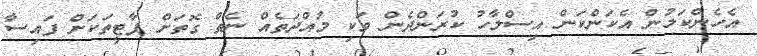
އެހެންކަމުން އެކަންކަން އިސްލާހު ކުރަންދެން ވަކި މުއްދަތެއް ނެތް ގޮތަށް ޕާޓީތަކަށް ފައިސާ